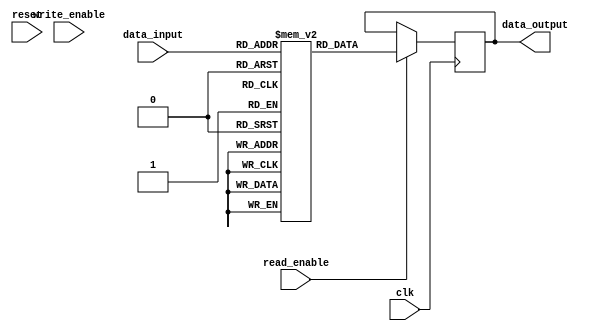
module flash_memory (
    input wire clk,
    input wire reset,
    input wire write_enable,
    input wire read_enable,
    
    input wire [7:0] data_input,
    output reg [7:0] data_output
);

reg [7:0] memory_array [0:255]; // 256 cells in memory array

reg [7:0] latch; // temporary data storage

always @(posedge clk or posedge reset) begin
    if (reset) begin
        latch <= 8'h00;
    end else if (write_enable) begin
        latch <= data_input;
    end
end

always @(posedge clk) begin
    if (read_enable) begin
        data_output <= memory_array[data_input];
    end
end

// include control logic, error correction codes, redundancy schemes here

endmodule